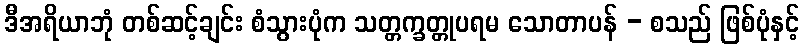
ဒီအရိယာဘုံ တစ်ဆင့်ချင်း စံသွားပုံက သတ္တက္ခတ္တုပရမ သောတာပန် - စသည် ဖြစ်ပုံနှင့်